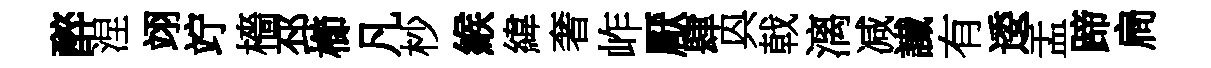
醉涅翊竚檣邳櫛凡杪緱緯奢岞厭肆㒷戟漓减䜟有逶盂蹄扃